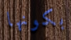
بكونها